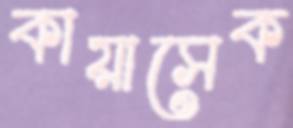
কায়াসেক